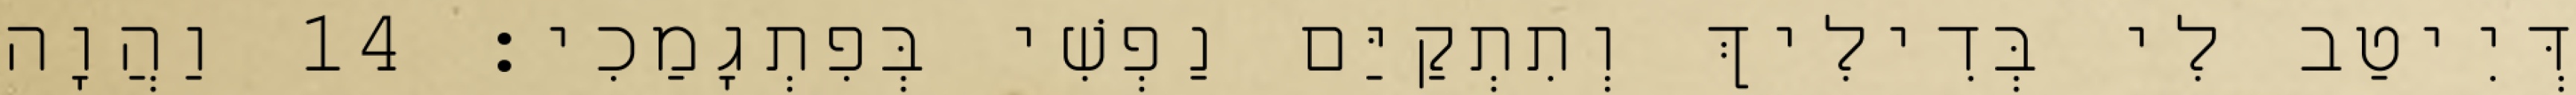
דְּיִיטַב לִי בְּדִילִיךְ וְתִתְקַיַּם נַפְשִׁי בְּפִתְגָמַכִי׃ 14 וַהֲוָה